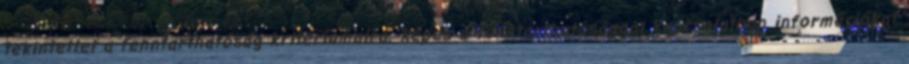
tekintettel a fenntarthatóság kritériumaira. Képes a fenntarthatósággal kapcsolatban információkat